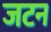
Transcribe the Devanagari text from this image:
जटन